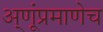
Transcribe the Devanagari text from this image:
अ्णूंप्रमाणेच